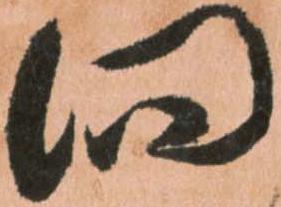
向